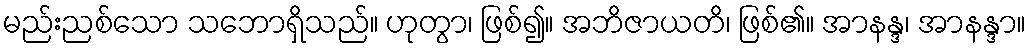
မည်းညစ်သော သဘောရှိသည်။ ဟုတွာ၊ ဖြစ်၍။ အဘိဇာယတိ၊ ဖြစ်၏။ အာနန္ဒ၊ အာနန္ဒာ။